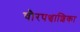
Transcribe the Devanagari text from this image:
चौरपञ्चाशिका